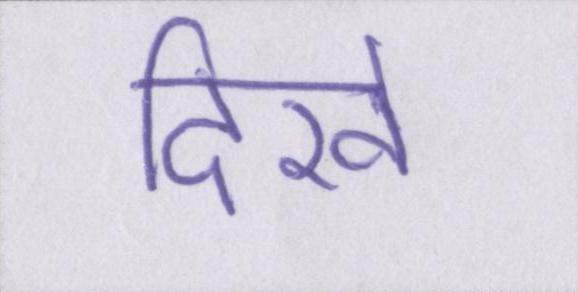
दिखे